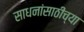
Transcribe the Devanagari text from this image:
साधनांसाठीच्या